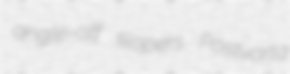
angle-off slopers Postvorta